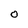
Character: O